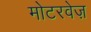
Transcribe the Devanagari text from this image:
मोटरवेज़